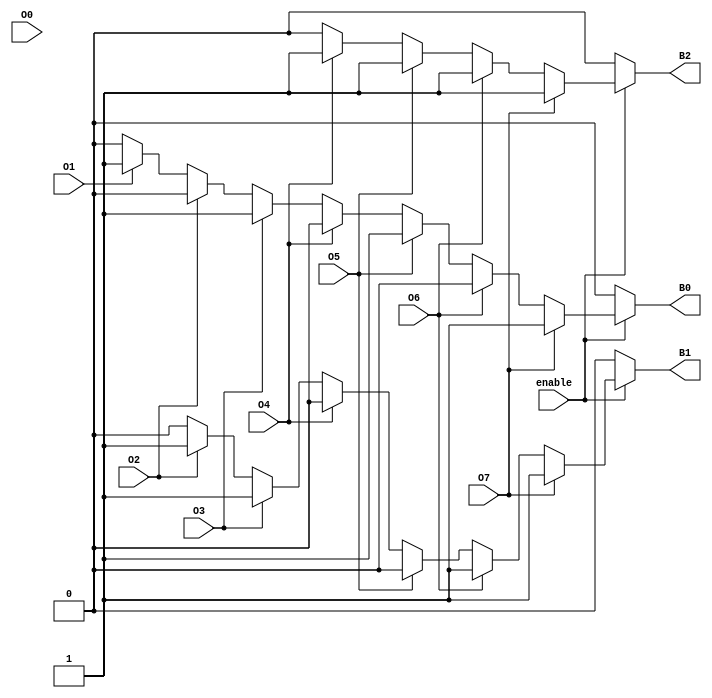
module octal_to_binary_encoder (
    input wire O0, O1, O2, O3, O4, O5, O6, O7, // Octal inputs
    output reg B2, B1, B0,                     // Binary outputs
    input wire enable                            // Optional enable input
);

always @(*) begin
    if (!enable) begin
        // If enable is low, output is 000
        B2 = 0;
        B1 = 0;
        B0 = 0;
    end else begin
        // Default output
        B2 = 0;
        B1 = 0;
        B0 = 0;

        // Priority encoding: check inputs from highest to lowest
        if (O7) begin
            B2 = 1; B1 = 1; B0 = 1; // 111
        end else if (O6) begin
            B2 = 1; B1 = 1; B0 = 0; // 110
        end else if (O5) begin
            B2 = 1; B1 = 0; B0 = 1; // 101
        end else if (O4) begin
            B2 = 1; B1 = 0; B0 = 0; // 100
        end else if (O3) begin
            B2 = 0; B1 = 1; B0 = 1; // 011
        end else if (O2) begin
            B2 = 0; B1 = 1; B0 = 0; // 010
        end else if (O1) begin
            B2 = 0; B1 = 0; B0 = 1; // 001
        end else if (O0) begin
            B2 = 0; B1 = 0; B0 = 0; // 000
        end
    end
end

endmodule